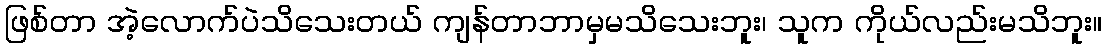
ဖြစ်တာ အဲ့လောက်ပဲသိသေးတယ် ကျန်တာဘာမှမသိသေးဘူး၊ သူက ကိုယ်လည်းမသိဘူး။